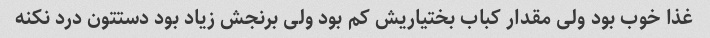
غذا خوب بود ولی مقدار کباب بختیاریش کم بود ولی برنجش زیاد بود دستتون درد نکنه